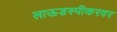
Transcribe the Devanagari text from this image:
लाऊडस्पीकरवर